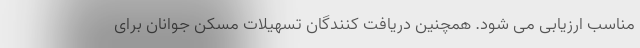
مناسب ارزیابی می شود. همچنین دریافت کنندگان تسهیلات مسکن جوانان برای